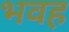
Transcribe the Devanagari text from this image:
भवह